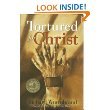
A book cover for Tortured for Christ; Richard Wurmbrand; Christian Books & Bibles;